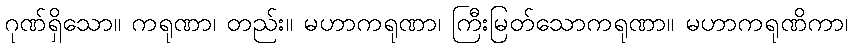
ဂုဏ်ရှိသော။ ကရုဏာ၊ တည်း။ မဟာကရုဏာ၊ ကြီးမြတ်သောကရုဏာ။ မဟာကရုဏိကာ၊